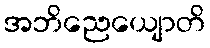
အဘိညေယျောတိ